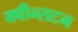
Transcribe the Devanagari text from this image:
क्वीन्सटन